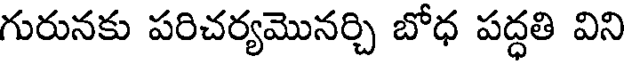
గురునకు పరిచర్యమొనర్చి బోధ పద్ధతి విని